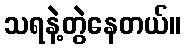
သရနဲ့တွဲနေတယ်။